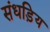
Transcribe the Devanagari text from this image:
संधड़िय